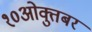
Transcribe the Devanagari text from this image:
१०ओक्तुबर